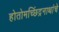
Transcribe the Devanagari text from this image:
होतोमच्छिंद्रनाथांचे